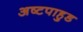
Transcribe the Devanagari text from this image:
अष्टपाहुड